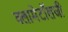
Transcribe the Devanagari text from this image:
क्लामेटॉलजी